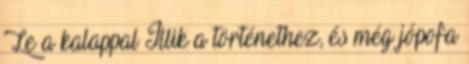
Le a kalappal Illik a történethez, és még jópofa